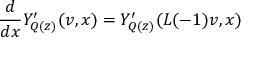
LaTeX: \frac { d } { d x } Y _ { Q ( z ) } ^ { \prime } ( v , x ) = Y _ { Q ( z ) } ^ { \prime } ( L ( - 1 ) v , x )